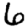
Digit: 6